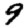
Digit: 9